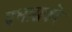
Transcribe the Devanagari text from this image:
प्रभासको